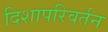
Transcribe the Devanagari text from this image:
दिशापरिवर्तन